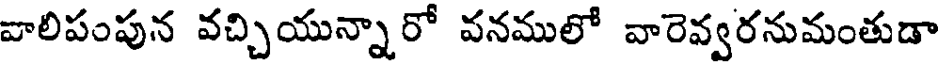
వాలిపంపున వచ్చియున్నారో వనములో వారెవ్వరనుమంతుడా